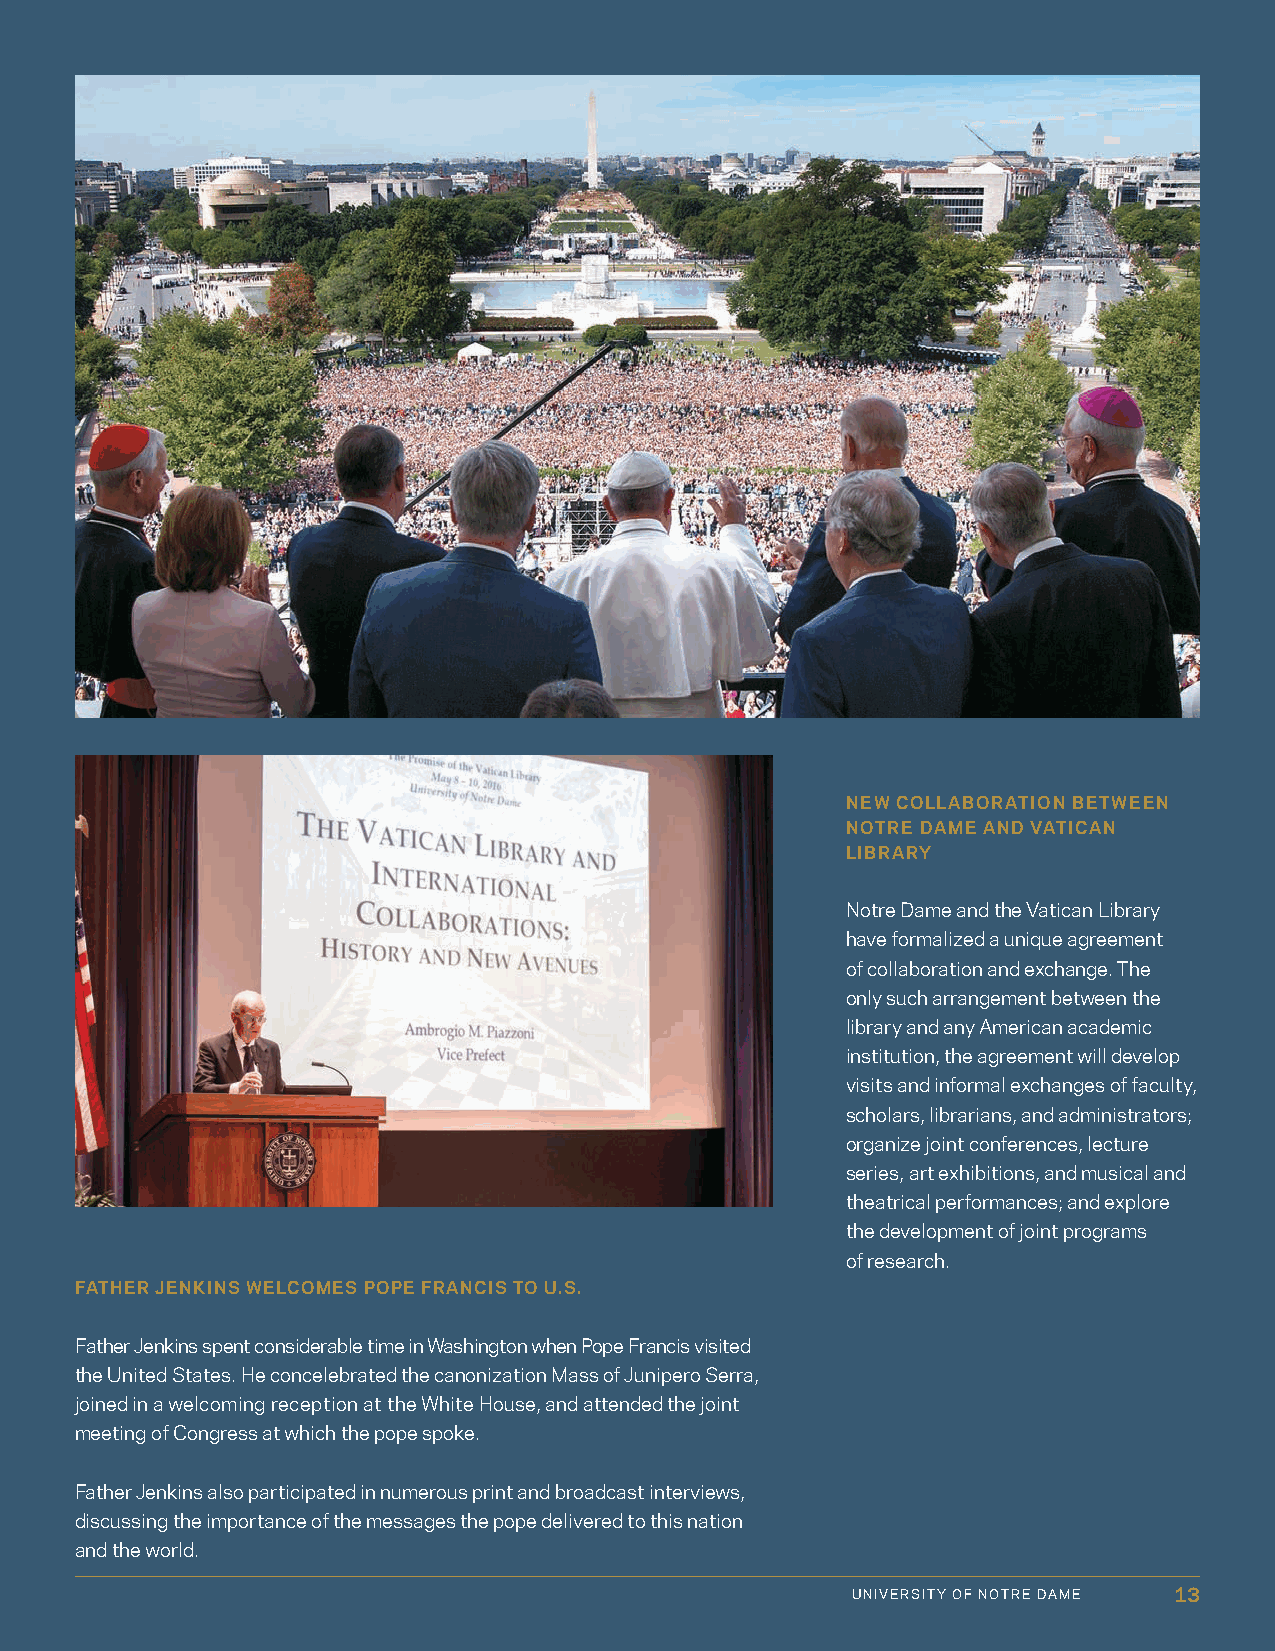
NEW COLLABORATION BETWEEN
 NOTRE DAME AND VATICAN
 LIBRARY
 Notre Dame and the Vatican Library
 have formalized a unique agreement
 of collaboration and exchange. The
 only such arrangement between the
 library and any American academic
 institution, the agreement will develop
 visits and informal exchanges of faculty,
 scholars, librarians, and administrators;
 organize joint conferences, lecture
 series, art exhibitions, and musical and
 theatrical performances; and explore
 the development of joint programs
 of research.
 FATHER JENKINS WELCOMES POPE FRANCIS TO U.S.
 Father Jenkins spent considerable time in Washington when Pope Francis visited
 the United States. He concelebrated the canonization Mass of Junipero Serra,
 joined in a welcoming reception at the White House, and attended the joint
 meeting of Congress at which the pope spoke.
 Father Jenkins also participated in numerous print and broadcast interviews,
 discussing the importance of the messages the pope delivered to this nation
 and the world.
 UNIVERSITY OF NOTRE DAME 13